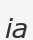
іа